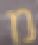
מ